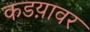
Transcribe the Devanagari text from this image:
कडय़ावर